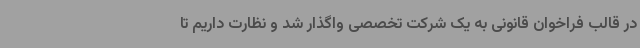
در قالب فراخوان قانونی به یک شرکت تخصصی واگذار شد و نظارت داریم تا